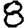
Digit: 8